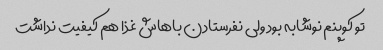
تو کوپنم نوشابه بود ولی نفرستادن باهاش غذا هم کیفیت نداشت